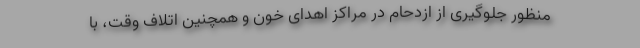
منظور جلوگیری از ازدحام در مراکز اهدای خون و همچنین اتلاف وقت، با